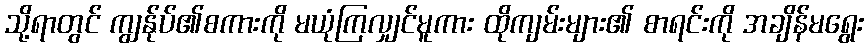
သို့ရာတွင် ကျွန်ုပ်၏စကားကို မယုံကြလျှင်မူကား ထိုကျမ်းများ၏ စာရင်းကို အချိန်မရွေး